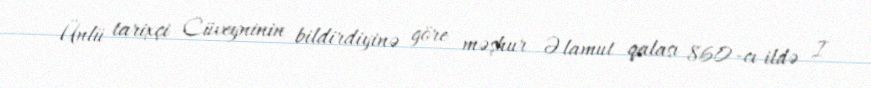
Ünlü tarixçi Cüveyninin bildirdiyinə göre məşhur Əlamut qalası 860-cı ildə I